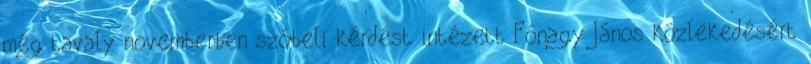
még tavaly novemberben szóbeli kérdést intézett Fónagy János közlekedésért